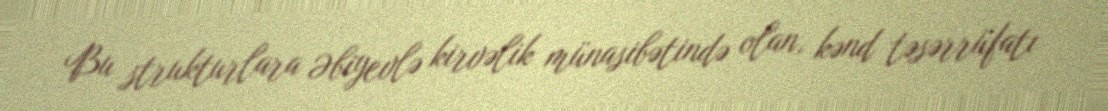
Bu strukturlara Əbiyevlə kirvəlik münasibətində olan, kənd təsərrüfatı